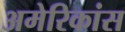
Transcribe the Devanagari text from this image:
अमेरिकांस